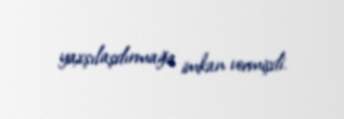
yaxşılaşdırmağa imkan vermişdi.